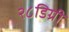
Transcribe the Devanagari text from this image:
२८डिग्री